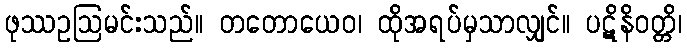
ဖုဿဥဩမင်းသည်။ တတောယေဝ၊ ထိုအရပ်မှသာလျှင်။ ပဋိနိဝတ္တိ၊